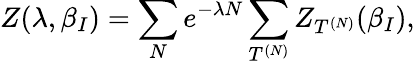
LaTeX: Z(\lambda,\beta_{I})=\sum_{N}e^{-\lambda N}\sum_{T^{(N)}}Z_{T^{(N)}}(\beta_{I}),